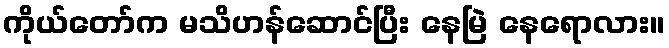
ကိုယ်တော်က မသိဟန်ဆောင်ပြီး နေမြဲ နေရောလား။